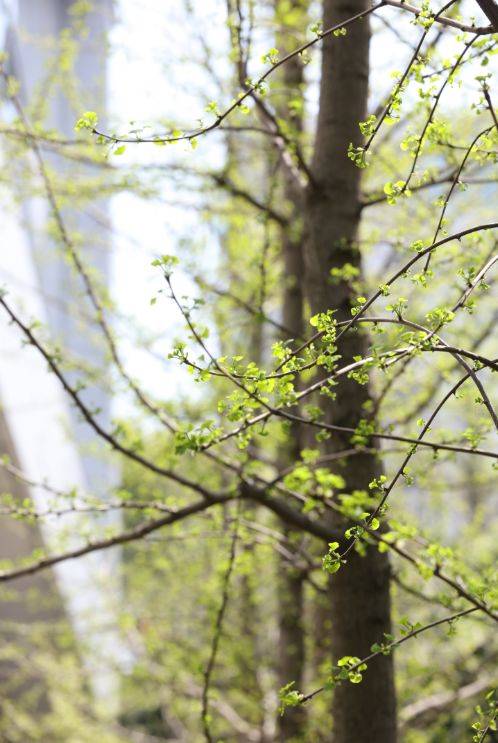
繁枝容易纷纷落，嫩叶商量细细开。